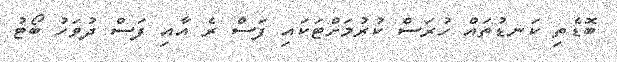
ބޮޑެތި ކަނޑުތައް ހުރަސް ކުރުމަށްޓަކައި ފަސް ރެ އާއި ފަސް ދުވަހު ބޯޓު